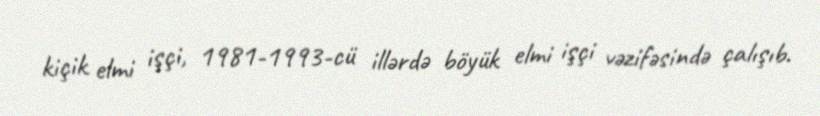
kiçik elmi işçi, 1981-1993-cü illərdə böyük elmi işçi vəzifəsində çalışıb.